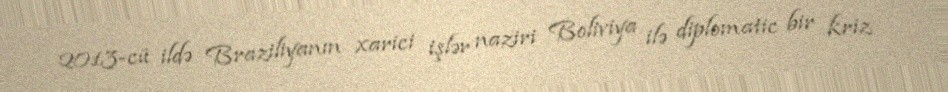
2013-cü ildə Braziliyanın xarici işlər naziri Boliviya ilə diplomatic bir kriz